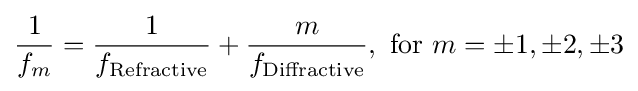
{\frac {1}{f_{m}}}={\frac {1}{f_{\mathrm {Refractive} }}}+{\frac {m}{f_{\mathrm {Diffractive} }}},\ \mathrm {for} \ m=\pm 1,\pm 2,\pm 3